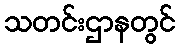
သတင်းဌာနတွင်